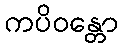
ကပိဝန္တော